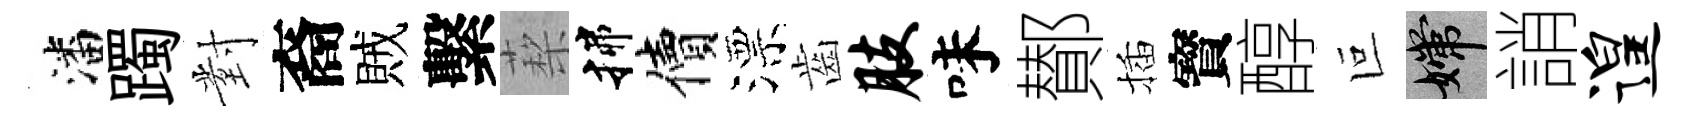
潘躅對裔賊繫蔾揲價漂齒肢味鄼插寳醇叵嫦誚遑